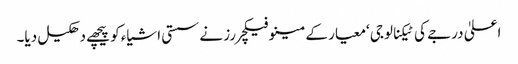
اعلیٰ درجے کی ٹیکنالوجی ‘معیار کے مینوفیکچررز نے سستی اشیاء کو پیچھے دھکیل دیا۔